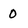
Character: 0